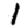
Digit: 1